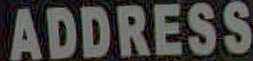
ADDRESS